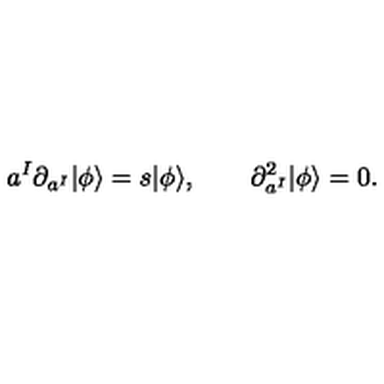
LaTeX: a ^ { I } \partial _ { a ^ { I } } | \phi \rangle = s | \phi \rangle , \qquad \partial _ { a ^ { I } } ^ { 2 } | \phi \rangle = 0 .